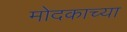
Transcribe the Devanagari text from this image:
मोदकाच्या